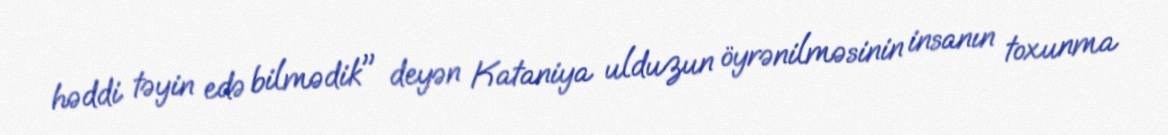
həddi təyin edə bilmədik" deyən Kataniya ulduzun öyrənilməsinin insanın toxunma